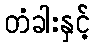
တံခါးနှင့်